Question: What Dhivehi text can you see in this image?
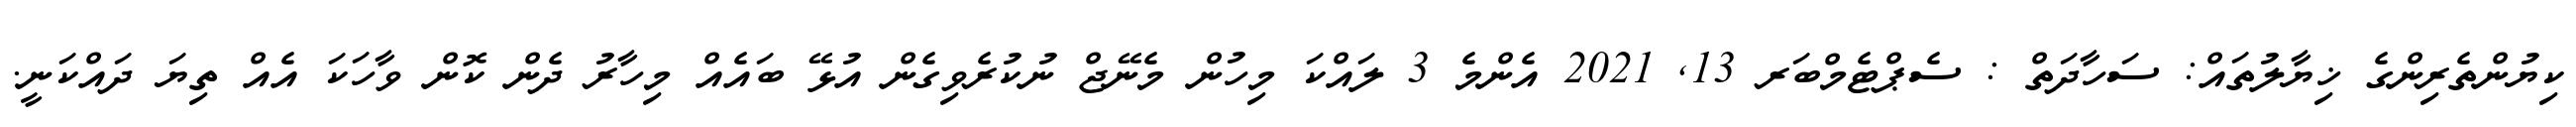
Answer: ކިޔުންތެރިންގެ ޚިޔާލުތައް: ސަހާދަތް : ސެޕްޓެމްބަރ 13, 2021 އެންމެ 3 ލައްކަ މިހުން މެނޭޖް ނުކުރެވިގެން އުޅޭ ބައެއް މިހާރު ދެން ކޮން ވާހަކަ އެއް ތިޔަ ދައްކަނީ.